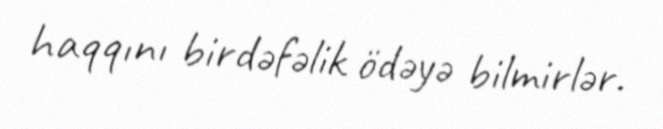
haqqını birdəfəlik ödəyə bilmirlər.